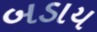
બડાય